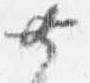
共